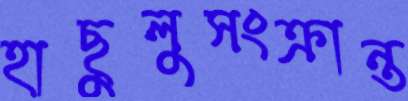
হাছুলুসংক্রান্ত